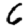
Digit: 6